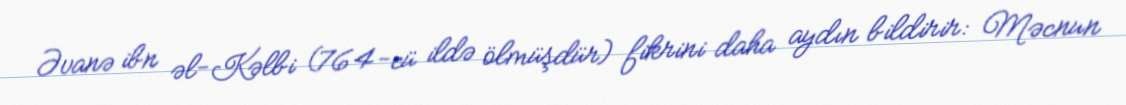
Əvanə ibn əl-Kəlbi (764-cü ildə ölmüşdür) fikrini daha aydın bildirir: Məcnun